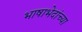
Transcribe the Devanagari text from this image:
भाषाभेदांच्या